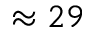
\approx 2 9